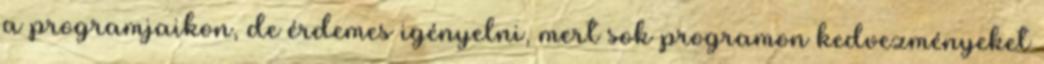
a programjaikon, de érdemes igényelni, mert sok programon kedvezményeket